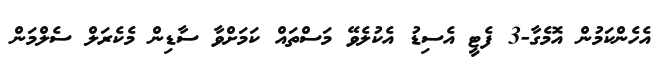
އެހެންކަމުން އޮމެގާ-3 ފެޓީ އެސިޑު އެކުލެވޭ މަސްތައް ކަމަށްވާ ސާޑިން މެކެރަލް ސެލްމަން